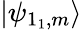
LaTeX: |\psi_{1_{1},m}\rangle